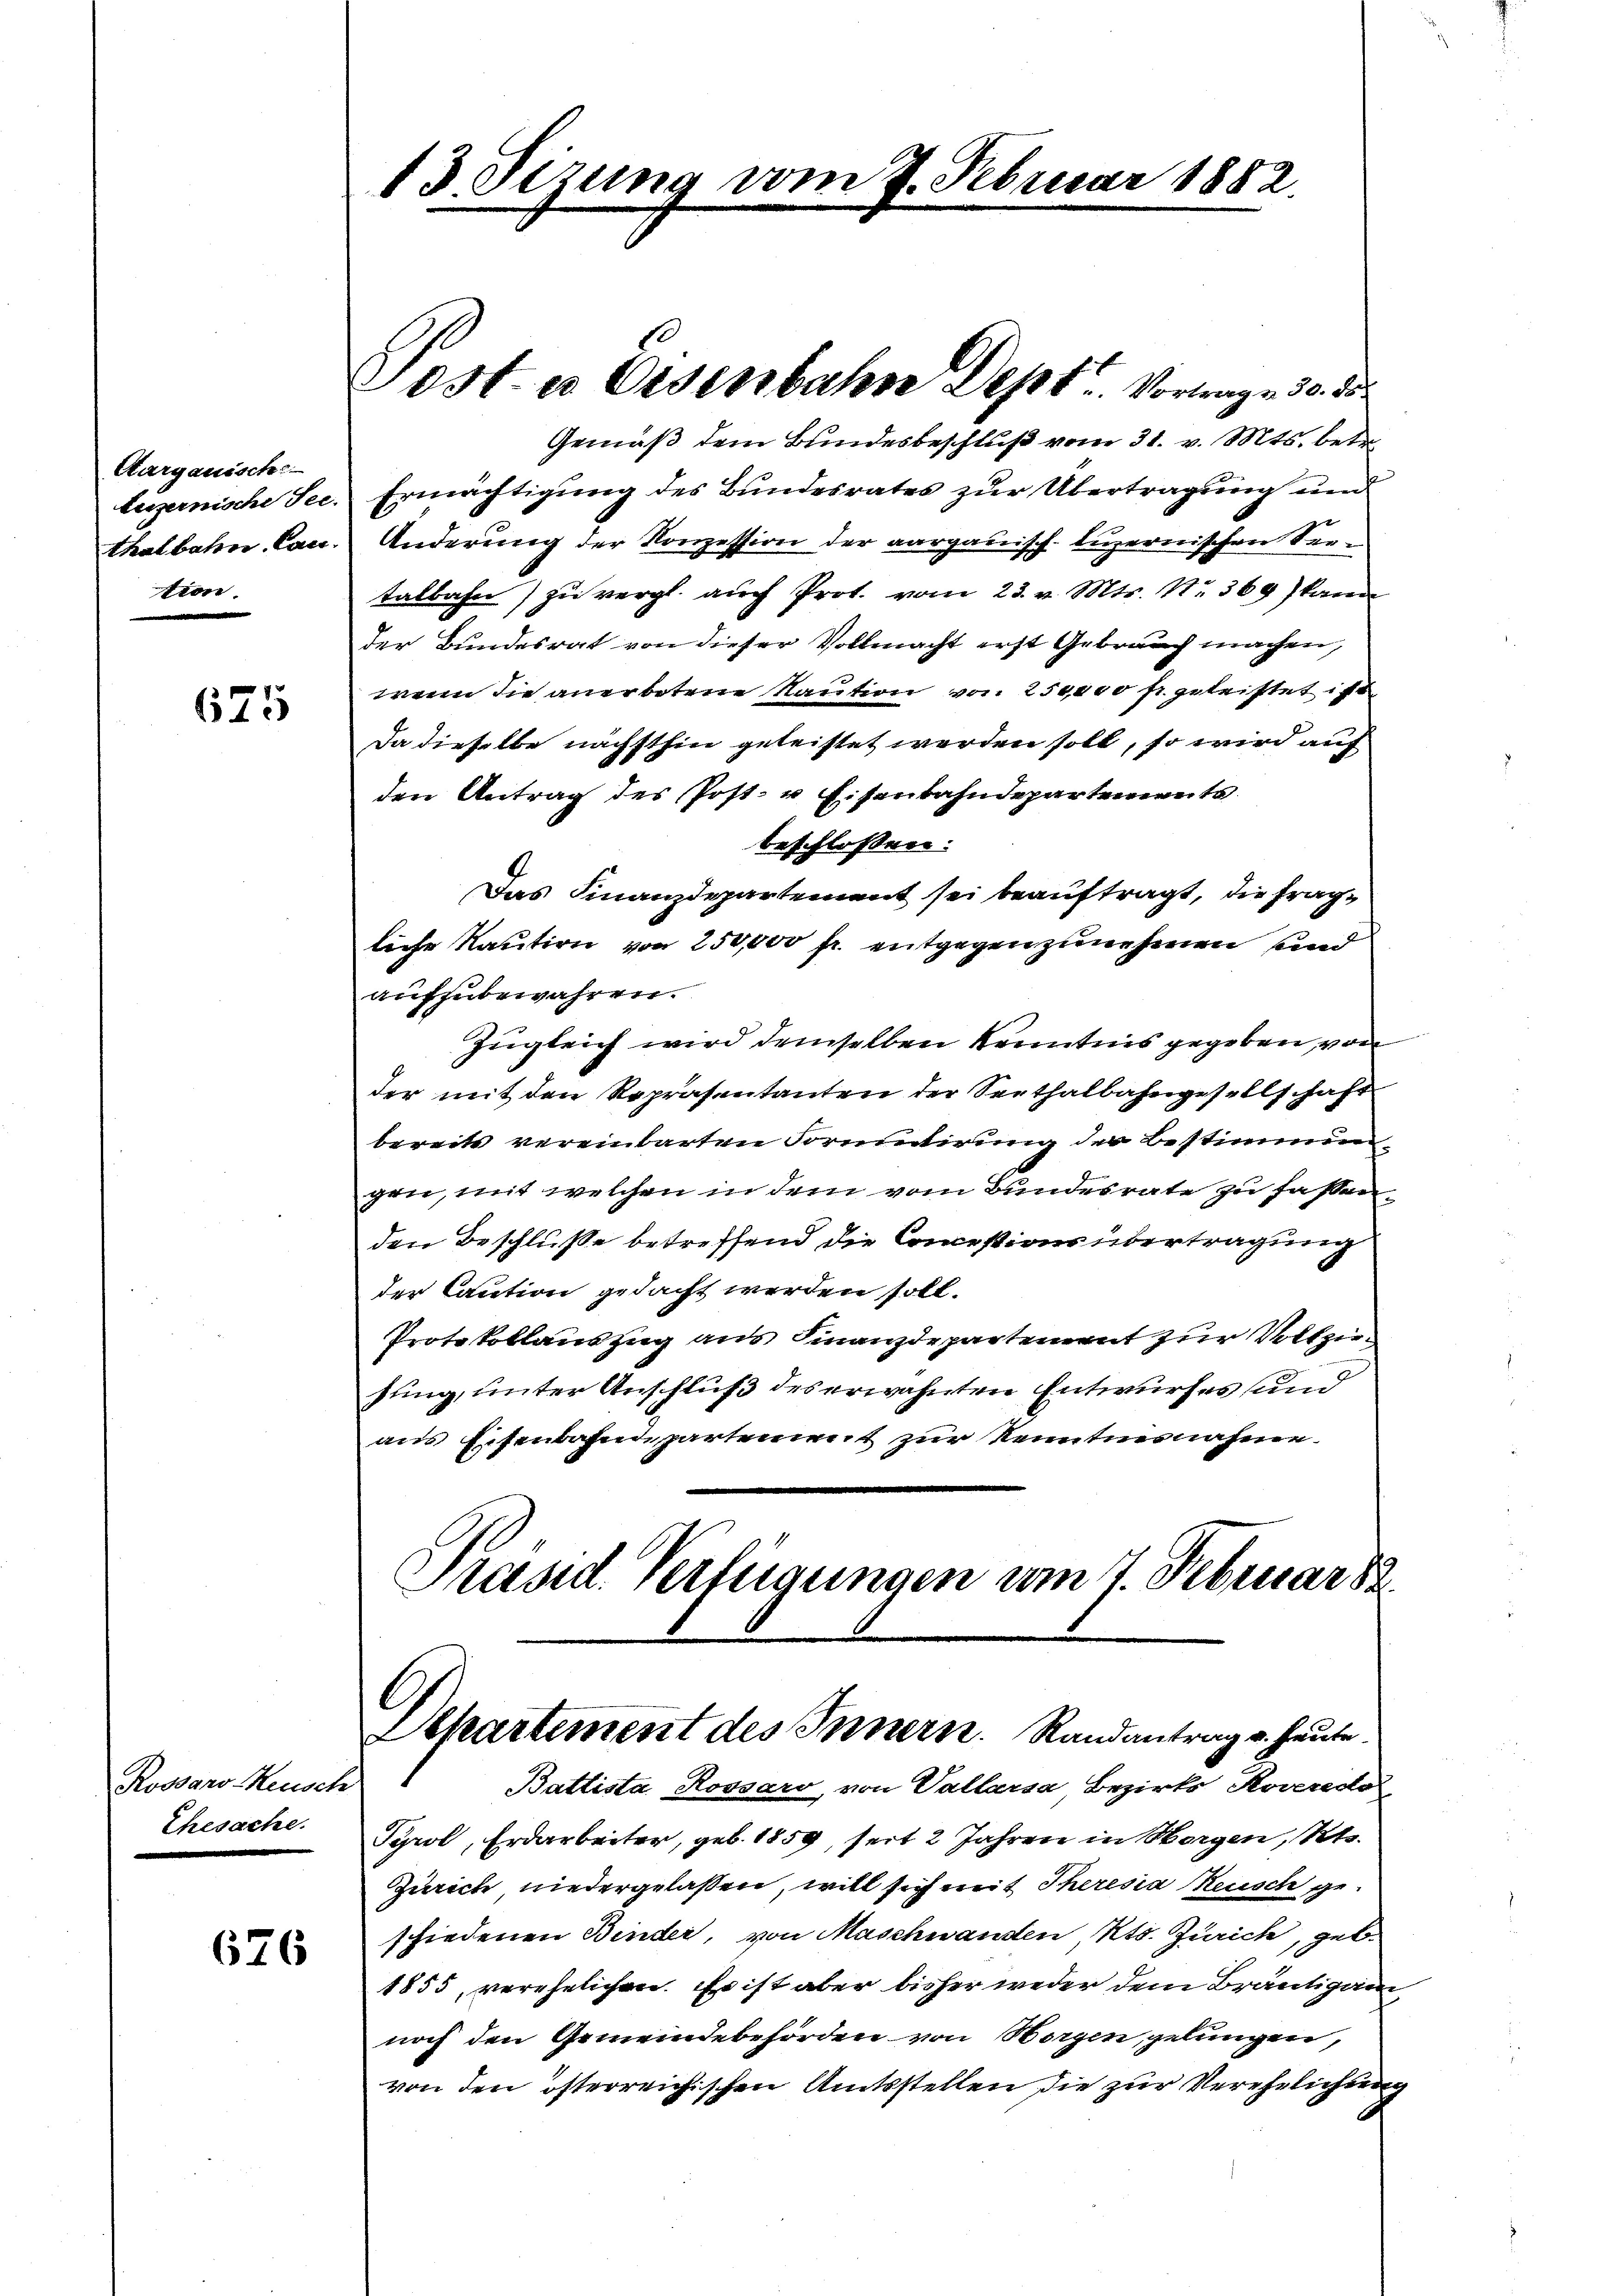
Aargauische
tion.

675

Rossaro Keusch
Ehesache.

676

13. Sizung vom 7. Februar 1882.

Gemäß dem Bundesbeschluß vom 31. v. Mts. betr.
leizernische See. Ermächtigung des Bundesrates zŭr Übertragung und
thalbahn Can. Anderung der Konzession der aargauisch-luzernischen Seetalbahn zu vergl. auch Prot. vom 23. v. Mts. Nr. 369) kann
der Bundesrat von dieser Vollmacht erst Gebrauch machen,
waren die anerbotene Kaution von 250,000 fr. getriftet ist
Da dieselbe nächsthin geleistet werden soll, so wird auf
den Antrag des Post- u Eisenbahndepartements
beschlossen:
Das Finanzdepartement sei beauftragt, die fragliche Kaution von 250,000 fr. entgegenzunehmen und
aufzubewahren.
Zugleich wird demselben Kenntnis gegeben von
der mit den Repräsentanten der Seethalbahngesellschaft
bereits vereinbarten Formutirung der Bestimmungen, mit welchen in dem vom Bundesrate zu fassen.
den Beschluße betreffend die Concessions übertragung
der Caution gedacht werden soll.
Protokollauszug aus Finanzdepartement zur Vollziesung, unter Anschluß des erwähnten Entwurfes und
aus Eisenbahndepartement zur Kenntnisnahme.
Präsid. Verfügungen am 7. Februar 82.

Post er Eisenbahn Dept. Vortragen d. d.

Departement des Innern. Randantrag u. heute.
Battista Rossaro, von Pallarsa, Bezirks, Roveredes

Pyrol, Erdarbeiter, geb. 1859, seit 2 Jahren in Morgen, Kts.
Zürich niedergelassen, will sich mit Theresia Reusch geschiedenen Binder, von Maschwanden, Kts. Zürich, geb.
1855, verehelichen. Es ist aber bisher weder dem Bräutigam,
noch den Gemeindebehörden von Horgen gelungen,
von den österreichischen Amtsstellen die zur Verehrlichung